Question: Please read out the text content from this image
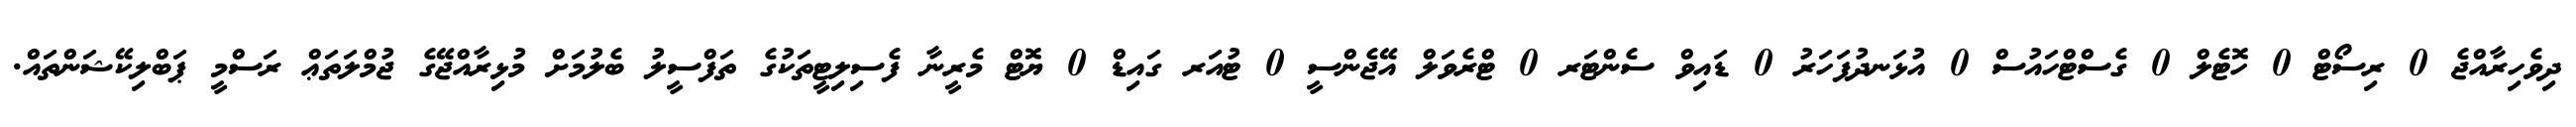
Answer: ދިވެހިރާއްޖެ 0 ރިސޯޓް 0 ހޮޓެލް 0 ގެސްޓްހައުސް 0 އުޅަނދުފަހަރު 0 ޑައިވް ސެންޓަރ 0 ޓްރެވަލް އޭޖެންސީ 0 ޓުއަރ ގައިޑް 0 ޔޮޓް މެރީނާ ފެސިލިޓީތަކުގެ ތަފްސީލު ބެލުމަށް މުޅިރާއްޖޭގެ ޖުމްލަތަޢް ރަސްމީ ޕަބްލިކޭޝަންތައް.